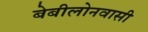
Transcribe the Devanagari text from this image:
बेबीलोनवासी